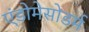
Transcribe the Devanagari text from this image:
एंडोमेसोडर्म